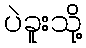
ပဲခူးသို့